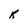
Character: R